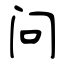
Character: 问